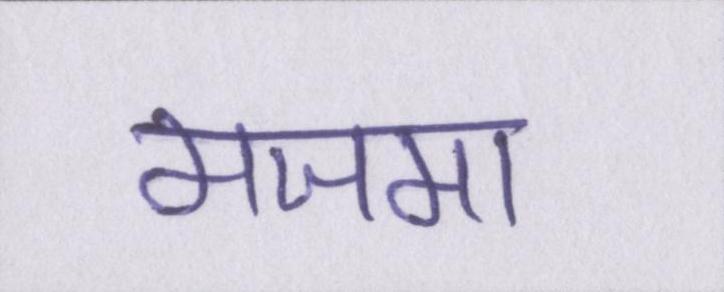
मजमा